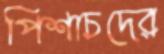
পিশাচদের